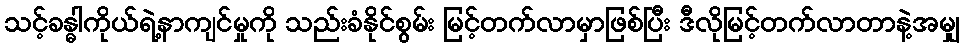
သင့်ခန္ဓါကိုယ်ရဲ့နာကျင်မှုကို သည်းခံနိုင်စွမ်း မြင့်တက်လာမှာဖြစ်ပြီး ဒီလိုမြင့်တက်လာတာနဲ့အမျှ